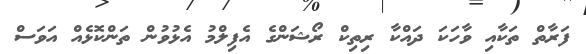
ފަރާތް ތަކާއި ވާހަކަ ދައްކާ ރިތިކް ރޯޝަންގެ އެފިލްމު އެޅުވުން ތަންކޮޅެއް އަވަސް